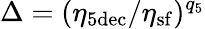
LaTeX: \Delta=(\eta_{5\mathrm{dec}}/\eta_{\mathrm{sf}})^{q_{5}}